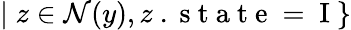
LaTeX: |\; z\in\mathcal{N}(y),z\mathrm{~.~s~t~a~t~e~=~I~}\}